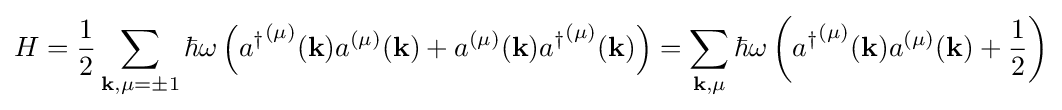
H={\frac {1}{2}}\sum _{\mathbf {k} ,\mu =\pm 1}\hbar \omega \left({a^{\dagger }}^{(\mu )}(\mathbf {k} )a^{(\mu )}(\mathbf {k} )+a^{(\mu )}(\mathbf {k} ){a^{\dagger }}^{(\mu )}(\mathbf {k} )\right)=\sum _{\mathbf {k} ,\mu }\hbar \omega \left({a^{\dagger }}^{(\mu )}(\mathbf {k} )a^{(\mu )}(\mathbf {k} )+{\frac {1}{2}}\right)